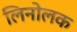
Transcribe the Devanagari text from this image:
लिनोलक